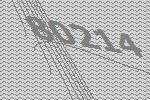
80214